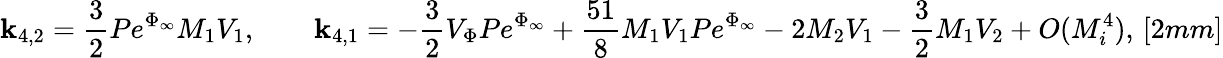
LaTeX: \mathbf{k}_{4,2}=\frac{{3}}{{2}}Pe^{\Phi_{\infty}}M_{1}V_{1},\qquad\mathbf{k}_{4,1}=-\frac{{3}}{{2}}V_{\Phi}Pe^{\Phi_{\infty}}+\frac{{51}}{{8}}M_{1}V_{1}Pe^{\Phi_{\infty}}-2M_{2}V_{1}-\frac{{3}}{{2}}M_{1}V_{2}+O(M_{i}^{4}),\, [2mm]